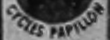
FICLES PAPTLLON